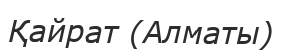
Қайрат (Алматы)